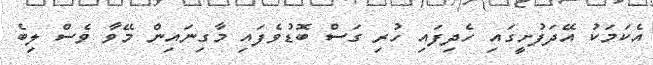
އެކަމަކު އޭދަފުށީގައި ހެދިފައި ހުރި ގަސް ބޮޑުވެފައި މާގިނައިން މޭވާ ވެސް ލިބެ